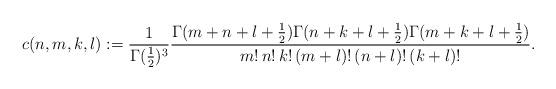
LaTeX: \begin{align*}c(n,m,k,l):=\frac{1}{\Gamma(\frac{1}{2})^{3}}\frac{\Gamma(m+n+l+\frac{1}{2})\Gamma(n+k+l+\frac{1}{2})\Gamma(m+k+l+\frac{1}{2})}{m!\,n!\,k!\,(m+l)!\,(n+l)!\,(k+l)!}.\end{align*}